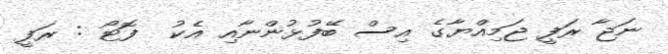
ނަޖާ ރަފީ ޖަމިއްޔާގެ އިސް ބޭފުޅުންނާއި އެކު  ފޮޓޯ : ރަފީ